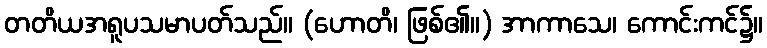
တတိယအရူပသမာပတ်သည်။ (ဟောတိ၊ ဖြစ်၏။) အာကာသေ၊ ကောင်းကင်၌။